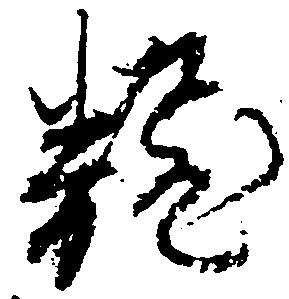
翻